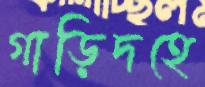
গাড়িদহে